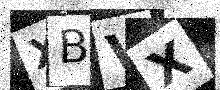
Text: XBVX